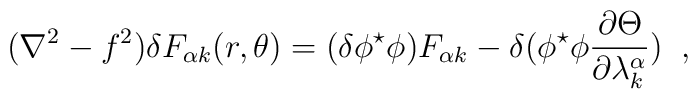
(\nabla^{2}-f^{2}) \delta F_{\alpha k}(r,\theta) =  (\delta\phi^{\star}\phi) F_{\alpha k}  -\delta(\phi^{\star}\phi\frac{\partial\Theta}{\partial\lambda^{\alpha}_{k}})                                                                         \;\;,